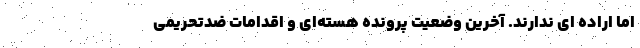
اما اراده ای ندارند. آخرین وضعیت پرونده هسته‌ای و اقدامات ضدتحریمی